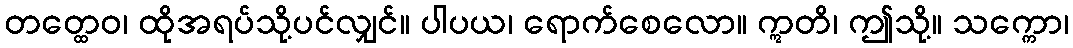
တတ္ထေဝ၊ ထိုအရပ်သို့ပင်လျှင်။ ပါပယ၊ ရောက်စေလော။ ဣတိ၊ ဤသို့။ သက္ကော၊